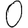
Digit: 0